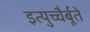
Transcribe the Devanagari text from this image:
इत्युच्चैर्बूते